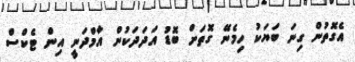
އެގޮތުން ގިނަ ބަޔަކު ހިމެނޭ ގޮތަށް ބޮޑު އަދަދަކުން އާމްދަނީ އިން ޓެކްސް